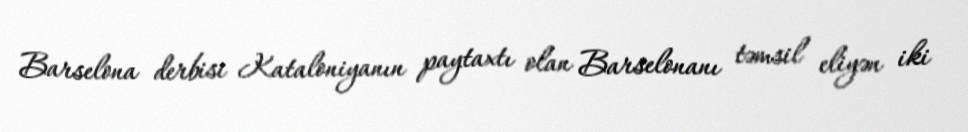
Barselona derbisi Kataloniyanın paytaxtı olan Barselonanı təmsil eliyən iki